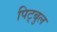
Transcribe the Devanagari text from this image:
पिट्बुल